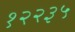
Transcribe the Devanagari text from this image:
१२२३५